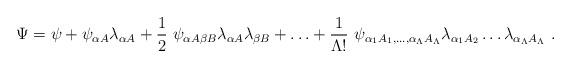
LaTeX: \begin{align*}\Psi = \psi + \psi_{\alpha A} \lambda_{\alpha A} + \frac{1}{2}\ \psi_{\alpha A \beta B} \lambda_{\alpha A} \lambda_{\beta B} + {\dots} + \frac{1}{\Lambda !}\ \psi_{\alpha_{1}A_{1},\dots , \alpha_{\Lambda}A_{\Lambda}} \lambda_{\alpha_{1}A_{2}}\dots \lambda_{\alpha_{\Lambda}A_{\Lambda}}\ .\end{align*}